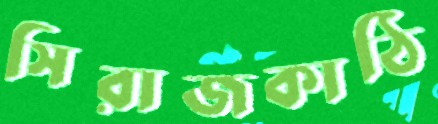
সিরাজকাঠি